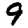
Digit: 9